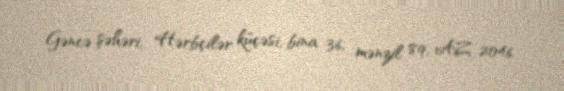
Gəncə şəhəri, Hərbçilər küçəsi, bina 36, mənzil 89, AZ 2046